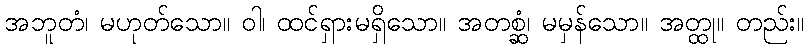
အဘူတံ၊ မဟုတ်သော။ ဝါ၊ ထင်ရှားမရှိသော။ အတစ္ဆံ၊ မမှန်သော။ အတ္ထု။ တည်း။